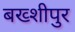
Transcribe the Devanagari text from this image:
बख्शीपुर